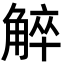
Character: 䚝